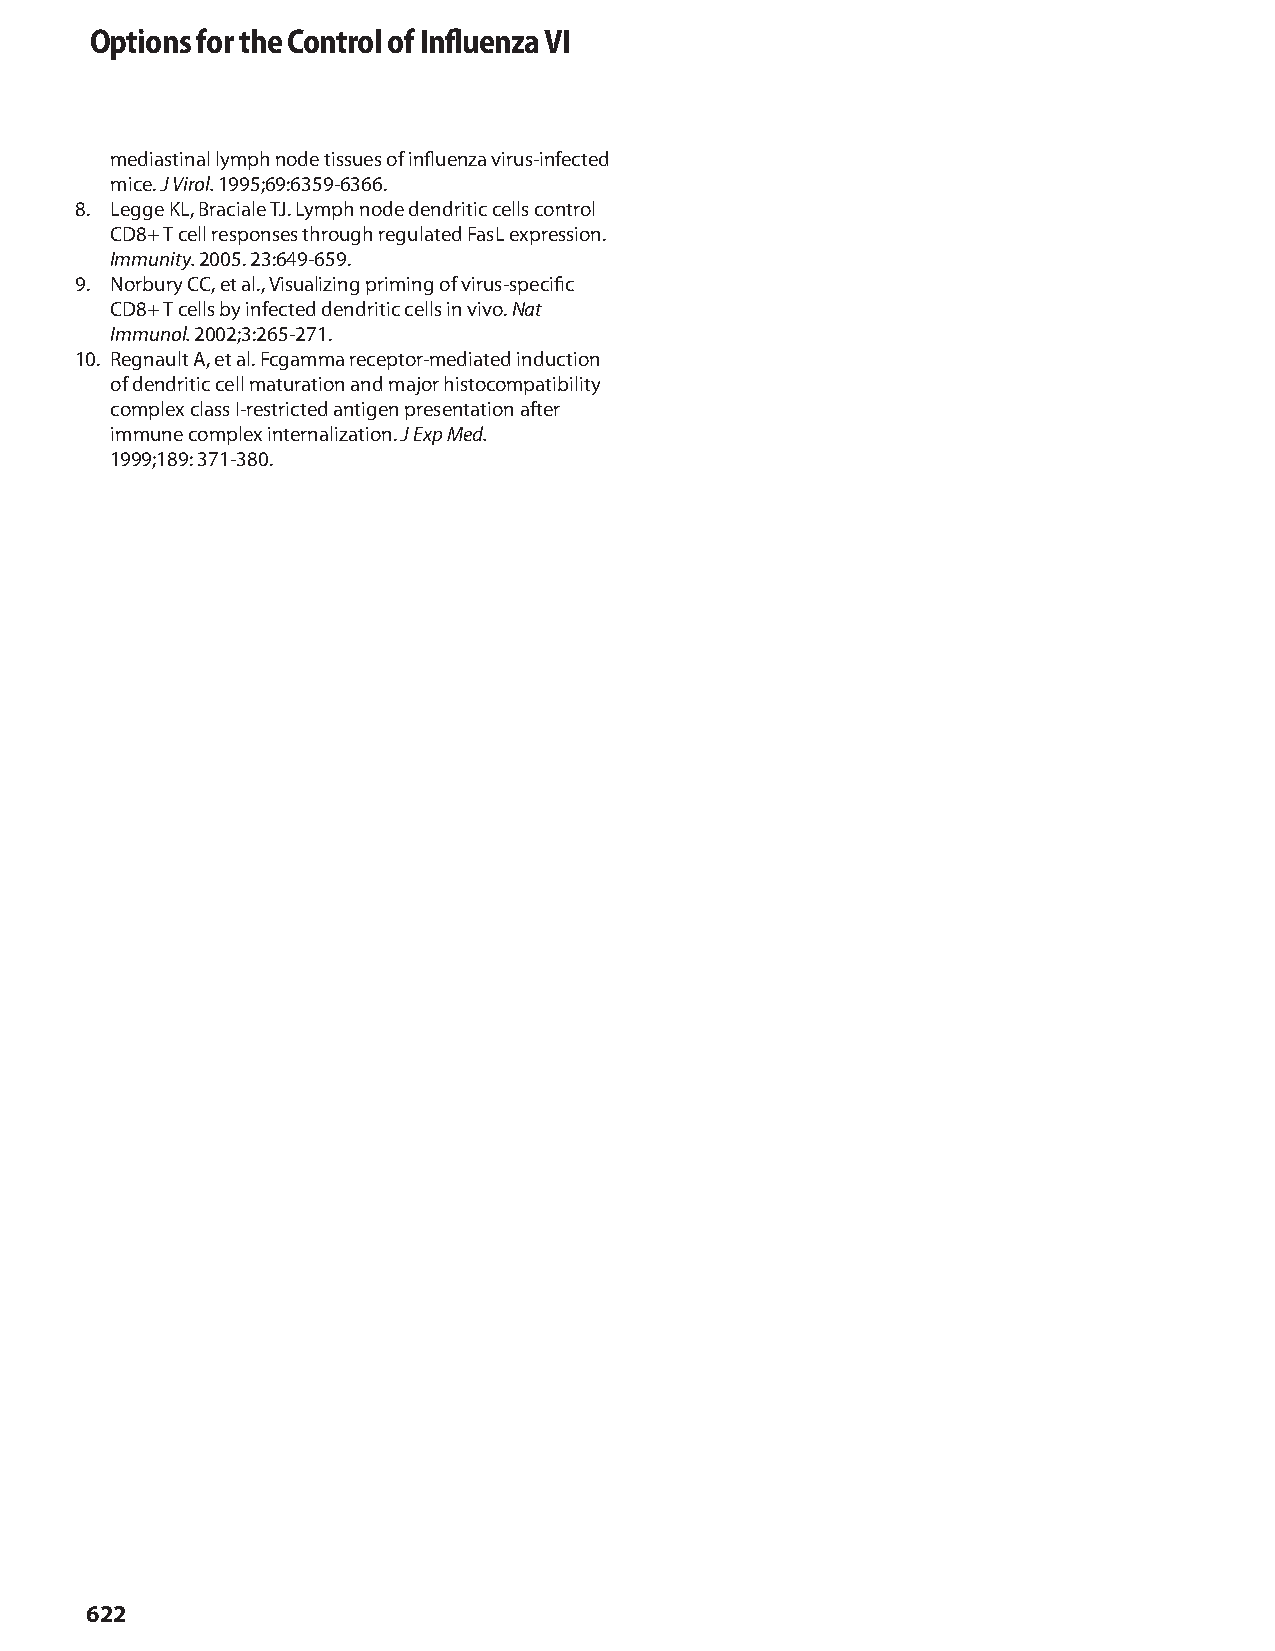
Options for the Control of Influenza VI
 mediastinal lymph node tissues of influenza virus-infected
 mice. J Virol. 1995;69:6359-6366.
 8. Legge KL, Braciale TJ. Lymph node dendritic cells control
 CD8+ T cell responses through regulated FasL expression.
 Immunity. 2005. 23:649-659.
 9. Norbury CC, et al., Visualizing priming of virus-specific
 CD8+ T cells by infected dendritic cells in vivo. Nat
 Immunol. 2002;3:265-271.
 10. Regnault A, et al. Fcgamma receptor-mediated induction
 of dendritic cell maturation and major histocompatibility
 complex class I-restricted antigen presentation after
 immune complex internalization. J Exp Med.
 1999;189: 371-380.
 622